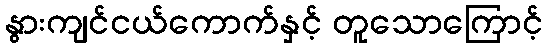
နွားကျင်ငယ်ကောက်နှင့် တူသောကြောင့်